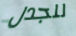
للجدل